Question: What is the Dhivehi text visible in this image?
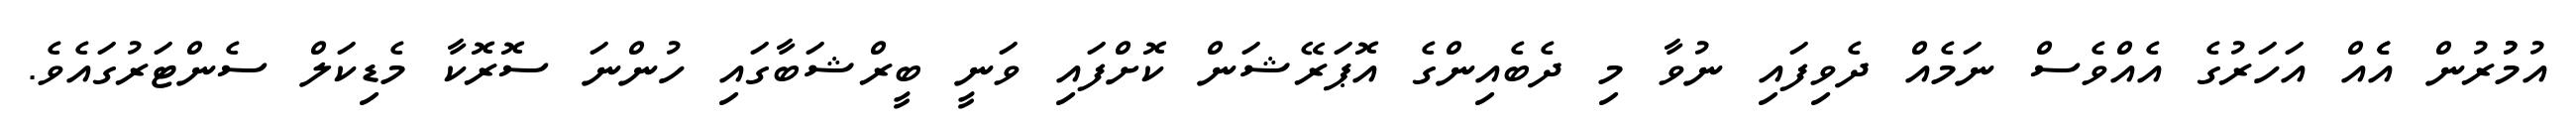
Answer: އުމުުރުން އެެއް އަހަރުގެ އެއްވެސް ނަމެއް ދެވިފައި ނުވާ މި ދެބެއިންގެ އޮޕަރޭޝަން ކޮށްފައި ވަނީ ބީރްޝަބާގައި ހުންނަ ސޮރޮކާ މެޑިކަލް ސެންޓަރުގައެވެ.